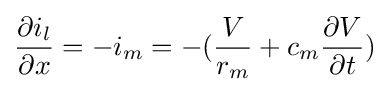
{\frac {\partial i_{l}}{\partial x}}=-i_{m}=-({\frac {V}{r_{m}}}+c_{m}{\frac {\partial V}{\partial t}})